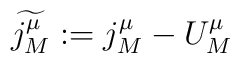
\widetilde{j_M^\mu }:=j_M^\mu -U_M^\mu